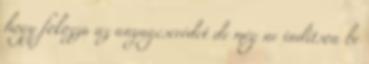
hogy fokozza az anyagcserédet de még ne indítson be